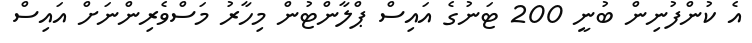
އެ ކުންފުނިން ބުނީ 200 ޓަނުގެ އައިސް ޕްލާންޓުން މިހާރު މަސްވެރިންނަށް އައިސް